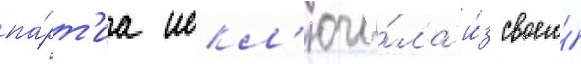
па́рт'иа искл'ючи́ла и́з своего́